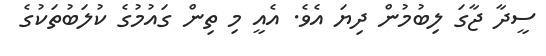
ސީދާ ޖާގަ ލިބުމުން ދިޔަ އެވެ. އެއީ މި ތިން ގައުމުގެ ކުލަބުތަކުގެ